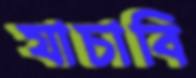
যাচাবি